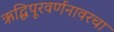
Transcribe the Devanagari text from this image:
ऋद्धिपूरवर्णनावरचा